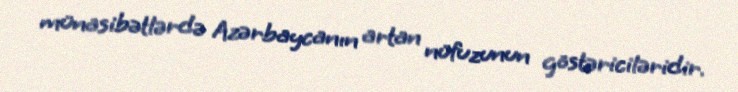
münasibətlərdə Azərbaycanın artan nüfuzunun göstəriciləridir.